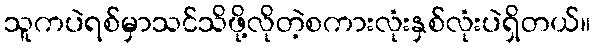
သူကပဲရစ်မှာသင်သိဖို့လိုတဲ့စကားလုံးနှစ်လုံးပဲရှိတယ်။